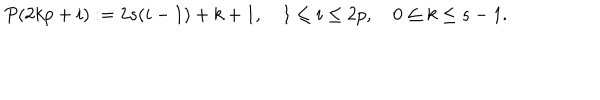
LaTeX: P ( 2 k p + i ) : = 2 s ( i - 1 ) + k + 1 , \quad 1 \leq i \leq 2 p , \quad 0 \leq k \leq s - 1 .